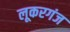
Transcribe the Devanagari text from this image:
लूकरगंज